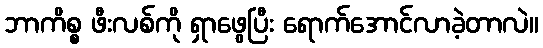
ဘာကိစ္စ ဖီးလစ်ကို ရှာဖွေပြီး ရောက်အောင်လာခဲ့တာလဲ။